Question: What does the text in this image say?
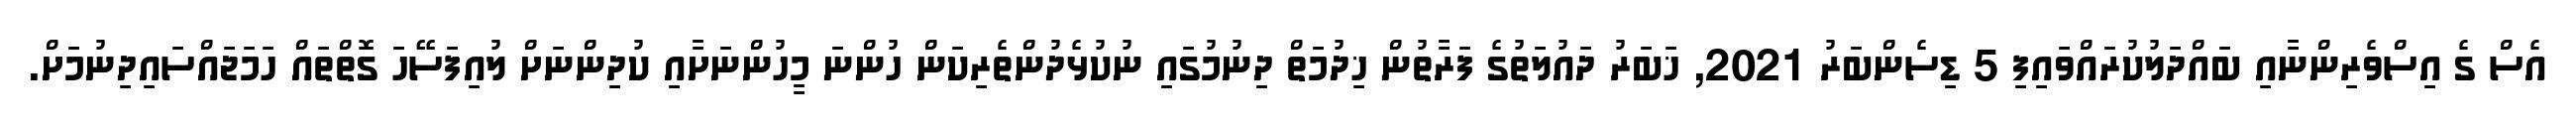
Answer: އެސް ގެ އިސްވެރިންނާއި ބައްދަލުކުރައްވައިފި 5 ޑިސެންބަރު 2021, ޚަބަރު ދައުލަތުގެ ފަރާތުން ޚިދުމަތް ދިނުމުގައި ނުކުޅެދުންތެރިކަން ހުންނަ މީހުންނަށާއި ކުދިންނަށް ލުއިފަސޭހަ ގޮތްތައް ހަމަޖައްސައިދިނުމަށް.